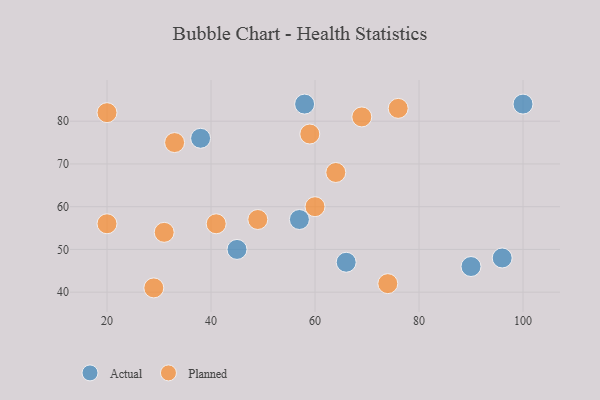
{"axis": {"x": "GDP", "y": "Life Expectancy"}, "legend": ["Actual", "Planned"], "data": [{"x": "57", "y": 57, "type": "Actual"}, {"x": "58", "y": 84, "type": "Actual"}, {"x": "100", "y": 84, "type": "Actual"}, {"x": "45", "y": 50, "type": "Actual"}, {"x": "38", "y": 76, "type": "Actual"}, {"x": "90", "y": 46, "type": "Actual"}, {"x": "96", "y": 48, "type": "Actual"}, {"x": "66", "y": 47, "type": "Actual"}, {"x": "20", "y": 82, "type": "Planned"}, {"x": "20", "y": 56, "type": "Planned"}, {"x": "29", "y": 41, "type": "Planned"}, {"x": "60", "y": 60, "type": "Planned"}, {"x": "49", "y": 57, "type": "Planned"}, {"x": "31", "y": 54, "type": "Planned"}, {"x": "41", "y": 56, "type": "Planned"}, {"x": "64", "y": 68, "type": "Planned"}, {"x": "76", "y": 83, "type": "Planned"}, {"x": "33", "y": 75, "type": "Planned"}, {"x": "59", "y": 77, "type": "Planned"}, {"x": "74", "y": 42, "type": "Planned"}, {"x": "69", "y": 81, "type": "Planned"}]}